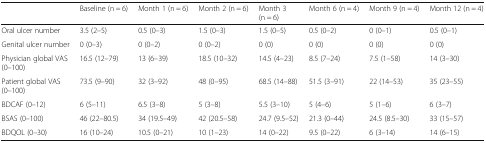
<table><thead><tr><td></td><td><b>Baseline (n = 6)</b></td><td><b>Month 1 (n = 6)</b></td><td><b>Month 2 (n = 6)</b></td><td><b>Month 3(n = 6)</b></td><td><b>Month 6 (n = 4)</b></td><td><b>Month 9 (n = 4)</b></td><td><b>Month 12 (n = 4)</b></td></tr></thead><tbody><tr><td>Oral ulcer number</td><td>3.5 (2–5)</td><td>0.5 (0–3)</td><td>1.5 (0–3)</td><td>1.5 (0–5)</td><td>0.5 (0–2)</td><td>0 (0–1)</td><td>0.5 (0–1)</td></tr><tr><td>Genital ulcer number</td><td>0 (0–3)</td><td>0 (0–2)</td><td>0 (0–2)</td><td>0 (0)</td><td>0 (0)</td><td>0 (0)</td><td>0 (0)</td></tr><tr><td>Physician global VAS (0–100)</td><td>16.5 (12–79)</td><td>13 (6–39)</td><td>18.5 (10–32)</td><td>14.5 (4–23)</td><td>8.5 (7–24)</td><td>7.5 (1–58)</td><td>14 (3–30)</td></tr><tr><td>Patient global VAS (0–100)</td><td>73.5 (9–90)</td><td>32 (3–92)</td><td>48 (0–95)</td><td>68.5 (14–88)</td><td>51.5 (3–91)</td><td>22 (14–53)</td><td>35 (23–55)</td></tr><tr><td>BDCAF (0–12)</td><td>6 (5–11)</td><td>6.5 (3–8)</td><td>5 (3–8)</td><td>5.5 (3–10)</td><td>5 (4–6)</td><td>5 (1–6)</td><td>6 (3–7)</td></tr><tr><td>BSAS (0–100)</td><td>46 (22–80.5)</td><td>34 (19.5–49)</td><td>42 (20.5–58)</td><td>24.7 (9.5–52)</td><td>21.3 (0–44)</td><td>24.5 (8.5–30)</td><td>33 (15–57)</td></tr><tr><td>BDQOL (0–30)</td><td>16 (10–24)</td><td>10.5 (0–21)</td><td>10 (1–23)</td><td>14 (0–22)</td><td>9.5 (0–22)</td><td>6 (3–14)</td><td>14 (6–15)</td></tr></tbody></table>